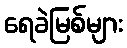
ရေခဲမြစ်များ